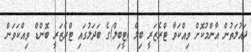
ދައުލަތުން އާންމުކޮށް ވިއްކަވާ ޓްރެޒަރީ ބިލް (ޓީބިލް)ގެ ބަދަލުގައި ޓްރެޒަރީ ބޮންޑް ވިއްކަވަން